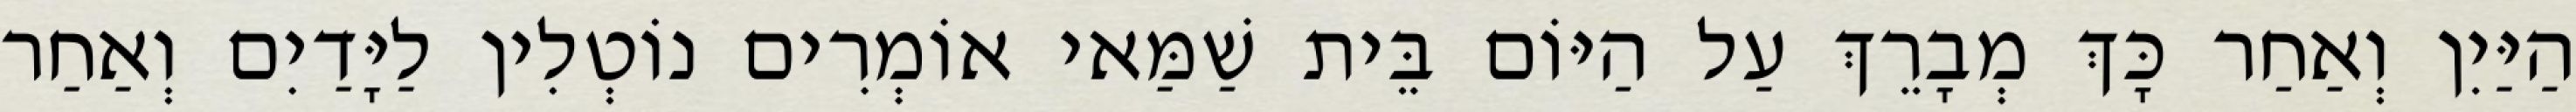
הַיַּיִן וְאַחַר כָּךְ מְבָרֵךְ עַל הַיּוֹם בֵּית שַׁמַּאי אוֹמְרִים נוֹטְלִין לַיָּדַיִם וְאַחַר